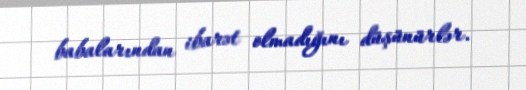
babalarından ibarət olmadığını düşünürlər.